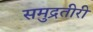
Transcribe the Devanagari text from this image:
समुद्रतीरी